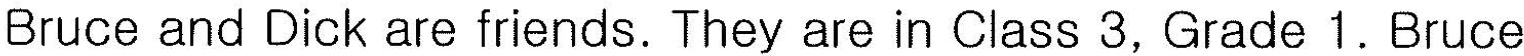
Bruce and Dick are friends. They are in Class 3, Grade 1. Bruce